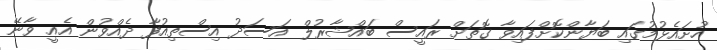
ހުށައެޅުމުގައި ބަޔާންކޮށްފައިވާ ގޮތަށް ރައީސް ބައްޝާރުލް އަސަދު އިސްތިއުފާ ދެއްވުން އެއީ ވާނޭ